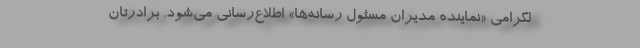
لگرامی «نماینده مدیران مسئول رسانه‌ها» اطلاع‌رسانی می‌شود. برادرتان